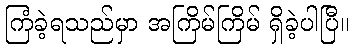
ကြံခဲ့ရသည်မှာ အကြိမ်ကြိမ် ရှိခဲ့ပါပြီ။